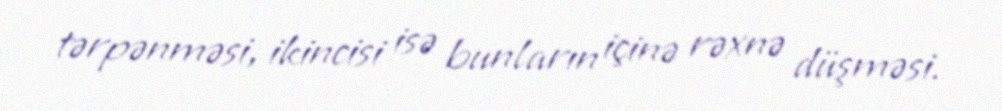
tərpənməsi, ikincisi isə bunların içinə rəxnə düşməsi.